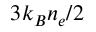
{ 3 k _ { B } n _ { e } } / 2